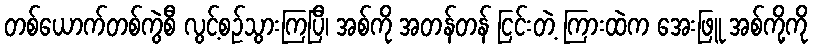
တစ်ယောက်တစ်ကွဲစီ လွင့်စဉ်သွားကြပြီ၊ အစ်ကို အတန်တန် ငြင်းတဲ့ ကြားထဲက အေးဖြူ အစ်ကို့ကို